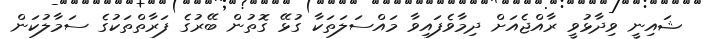
ޝައިނީ ވިދާޅުވީ ރާއްޖެއަށް ދިމާވެފައިވާ މައްސަލަތަކާ ގުޅޭ ގޮތުން ބޭރުގެ ފަރާތްތަކުގެ ސަމާލުކަން